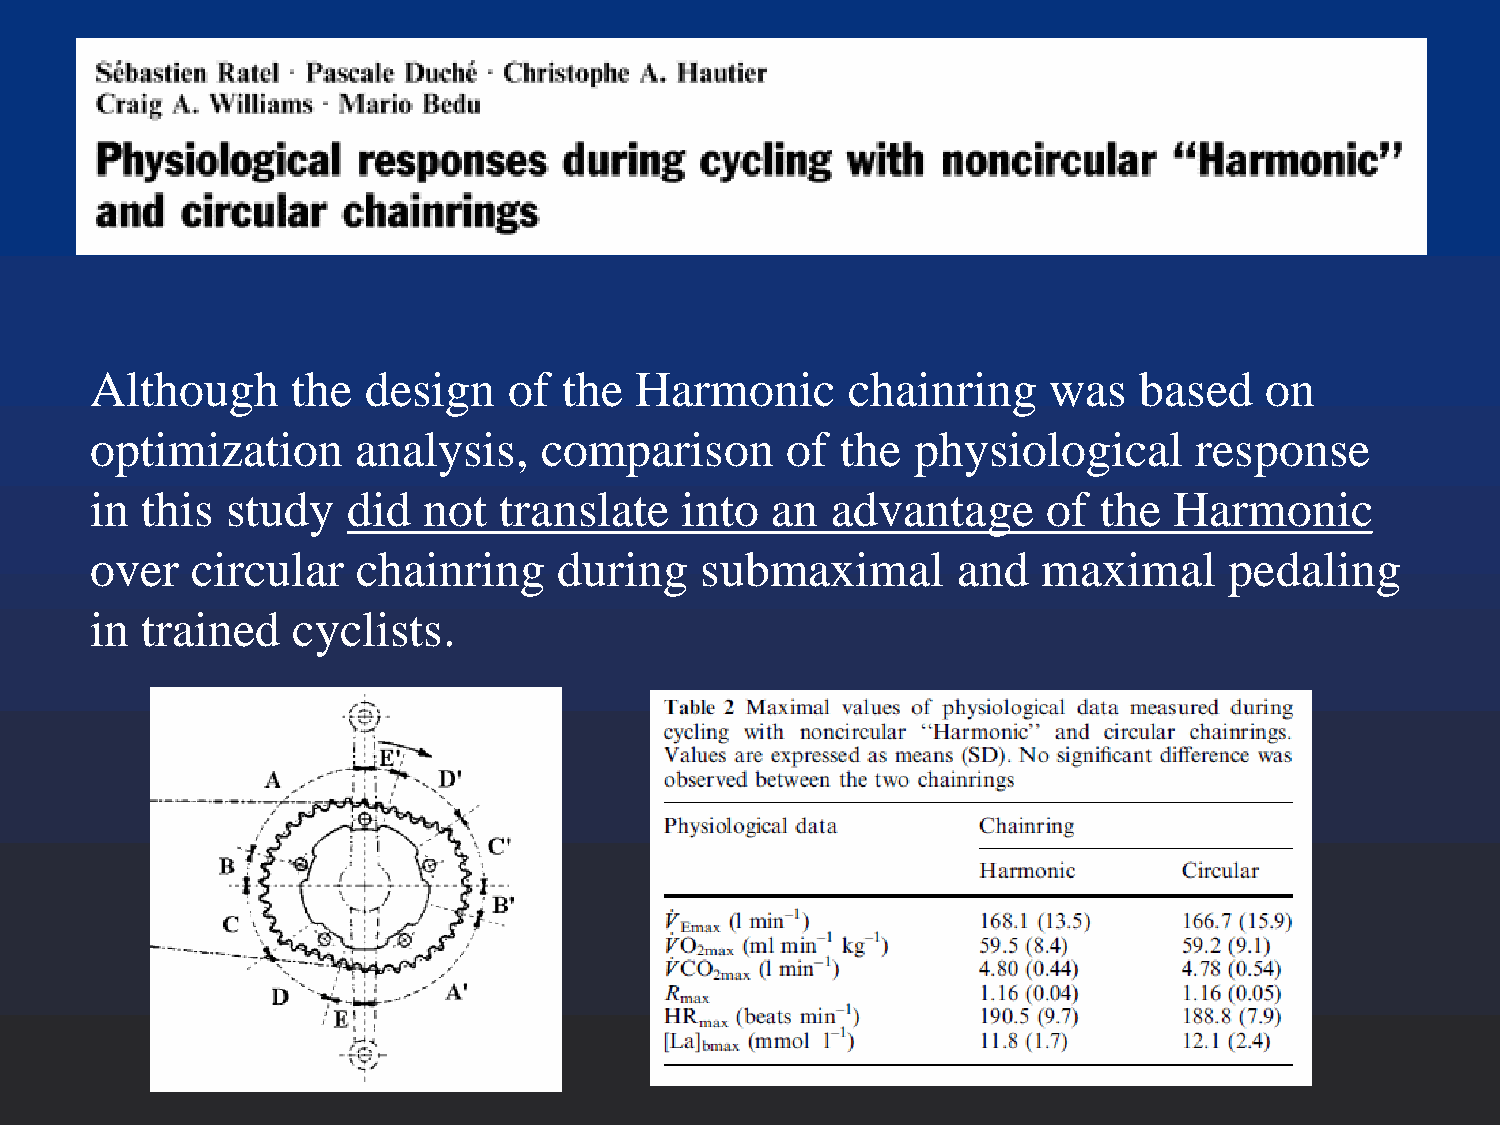
Although     the  design    of the  Harmonic      chainring    was   based    on
 optimization     analysis,    comparison      of  the physiological      response
 in this  study   did  not  translate   into  an  advantage     of  the  Harmonic
 over   circular   chainring    during   submaximal       and   maximal     pedaling
 in trained   cyclists.